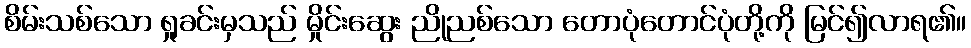
စိမ်းသစ်သော ရှုခင်းမှသည် မှိုင်းဆွေး ညိုညစ်သော တောပုံတောင်ပုံတို့ကို မြင်၍လာရ၏။